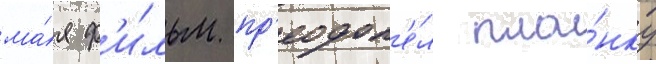
ма́я ф'и́льм пр'еодол'е́л пла́нку